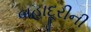
બહાદૂરીની